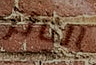
الثائر